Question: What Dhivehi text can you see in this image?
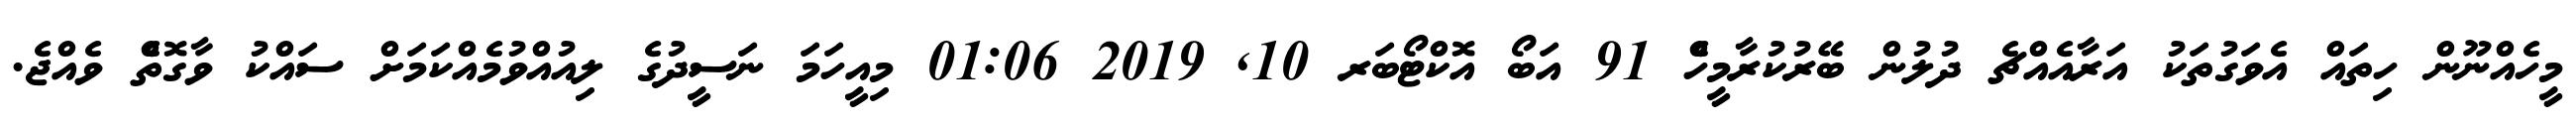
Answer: މީހެއްނޫން ހިތައް އެވަގުތަކު އަރާއެއްޗެ ދުލުން ބޭރުކުރާމީހެް 91 އަބޯ އޮކްޓޯބަރ 10, 2019 01:06 މިއީހަމަ ނަސީދުގެ ލިއުއްވުމެއްކަމަށް ސައްކު ވާގޮތެް ވެއްޖެ.